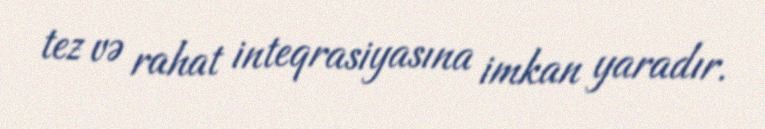
tez və rahat inteqrasiyasına imkan yaradır.